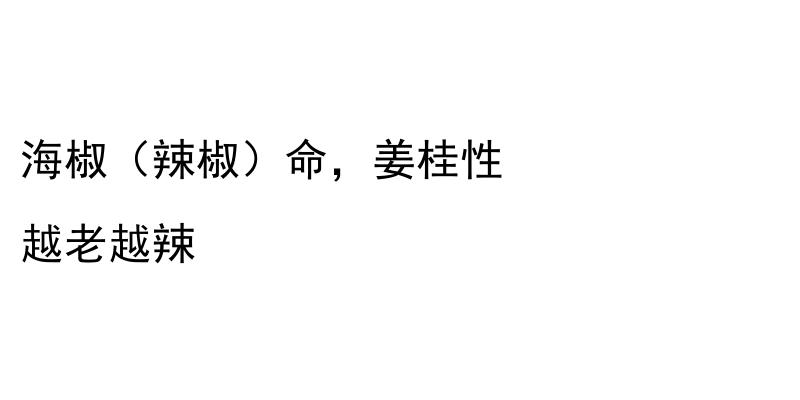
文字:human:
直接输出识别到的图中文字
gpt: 海椒（辣椒）命，姜桂性 越老越辣